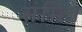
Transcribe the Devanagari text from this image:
संमित